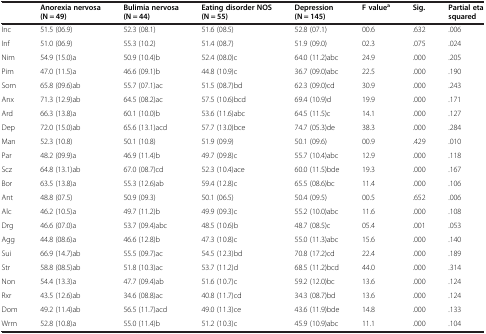
<table><thead><tr><td></td><td><b>Anorexia nervosa (N = 49)</b></td><td><b>Bulimia nervosa (N = 44)</b></td><td><b>Eating disorder NOS (N = 55)</b></td><td><b>Depression (N = 145)</b></td><td><b>F value<sup>a</sup></b></td><td><b>Sig.</b></td><td><b>Partial eta squared</b></td></tr></thead><tbody><tr><td>Inc</td><td>51.5 (06.9)</td><td>52.3 (08.1)</td><td>51.6 (08.5)</td><td>52.8 (07.1)</td><td>00.6</td><td>.632</td><td>.006</td></tr><tr><td>Inf</td><td>51.0 (06.9)</td><td>55.3 (10.2)</td><td>51.4 (08.7)</td><td>51.9 (09.0)</td><td>02.3</td><td>.075</td><td>.024</td></tr><tr><td>Nim</td><td>54.9 (15.0)a</td><td>50.9 (10.4)b</td><td>52.4 (08.0)c</td><td>64.0 (11.2)abc</td><td>24.9</td><td>.000</td><td>.205</td></tr><tr><td>Pim</td><td>47.0 (11.5)a</td><td>46.6 (09.1)b</td><td>44.8 (10.9)c</td><td>36.7 (09.0)abc</td><td>22.5</td><td>.000</td><td>.190</td></tr><tr><td>Som</td><td>65.8 (09.6)ab</td><td>55.7 (07.1)ac</td><td>51.5 (08.7)bd</td><td>62.3 (09.0)cd</td><td>30.9</td><td>.000</td><td>.243</td></tr><tr><td>Anx</td><td>71.3 (12.9)ab</td><td>64.5 (08.2)ac</td><td>57.5 (10.6)bcd</td><td>69.4 (10.9)d</td><td>19.9</td><td>.000</td><td>.171</td></tr><tr><td>Ard</td><td>66.3 (13.8)a</td><td>60.1 (10.0)b</td><td>53.6 (11.6)abc</td><td>64.5 (11.5)c</td><td>14.1</td><td>.000</td><td>.127</td></tr><tr><td>Dep</td><td>72.0 (15.0)ab</td><td>65.6 (13.1)acd</td><td>57.7 (13.0)bce</td><td>74.7 (05.3)de</td><td>38.3</td><td>.000</td><td>.284</td></tr><tr><td>Man</td><td>52.3 (10.8)</td><td>50.1 (10.8)</td><td>51.9 (09.9)</td><td>50.1 (09.6)</td><td>00.9</td><td>.429</td><td>.010</td></tr><tr><td>Par</td><td>48.2 (09.9)a</td><td>46.9 (11.4)b</td><td>49.7 (09.8)c</td><td>55.7 (10.4)abc</td><td>12.9</td><td>.000</td><td>.118</td></tr><tr><td>Scz</td><td>64.8 (13.1)ab</td><td>67.0 (08.7)cd</td><td>52.3 (10.4)ace</td><td>60.0 (11.5)bde</td><td>19.3</td><td>.000</td><td>.167</td></tr><tr><td>Bor</td><td>63.5 (13.8)a</td><td>55.3 (12.6)ab</td><td>59.4 (12.8)c</td><td>65.5 (08.6)bc</td><td>11.4</td><td>.000</td><td>.106</td></tr><tr><td>Ant</td><td>48.8 (07.5)</td><td>50.9 (09.3)</td><td>50.1 (06.5)</td><td>50.4 (09.5)</td><td>00.5</td><td>.652</td><td>.006</td></tr><tr><td>Alc</td><td>46.2 (10.5)a</td><td>49.7 (11.2)b</td><td>49.9 (09.3)c</td><td>55.2 (10.0)abc</td><td>11.6</td><td>.000</td><td>.108</td></tr><tr><td>Drg</td><td>46.6 (07.0)a</td><td>53.7 (09.4)abc</td><td>48.5 (10.6)b</td><td>48.7 (08.5)c</td><td>05.4</td><td>.001</td><td>.053</td></tr><tr><td>Agg</td><td>44.8 (08.6)a</td><td>46.6 (12.8)b</td><td>47.3 (10.8)c</td><td>55.0 (11.3)abc</td><td>15.6</td><td>.000</td><td>.140</td></tr><tr><td>Sui</td><td>66.9 (14.7)ab</td><td>55.5 (09.7)ac</td><td>54.5 (12.3)bd</td><td>70.8 (17.2)cd</td><td>22.4</td><td>.000</td><td>.189</td></tr><tr><td>Str</td><td>58.8 (08.5)ab</td><td>51.8 (10.3)ac</td><td>53.7 (11.2)d</td><td>68.5 (11.2)bcd</td><td>44.0</td><td>.000</td><td>.314</td></tr><tr><td>Non</td><td>54.4 (13.3)a</td><td>47.7 (09.4)ab</td><td>51.6 (10.7)c</td><td>59.2 (12.0)bc</td><td>13.6</td><td>.000</td><td>.124</td></tr><tr><td>Rxr</td><td>43.5 (12.6)ab</td><td>34.6 (08.8)ac</td><td>40.8 (11.7)cd</td><td>34.3 (08.7)bd</td><td>13.6</td><td>.000</td><td>.124</td></tr><tr><td>Dom</td><td>49.2 (11.4)ab</td><td>56.5 (11.7)acd</td><td>49.0 (11.3)ce</td><td>43.6 (11.9)bde</td><td>14.8</td><td>.000</td><td>.133</td></tr><tr><td>Wrm</td><td>52.8 (10.8)a</td><td>55.0 (11.4)b</td><td>51.2 (10.3)c</td><td>45.9 (10.9)abc</td><td>11.1</td><td>.000</td><td>.104</td></tr></tbody></table>